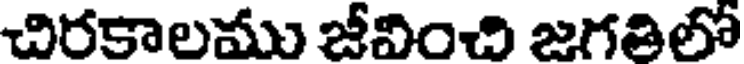
చిరకాలము జీవించి జగతిలో